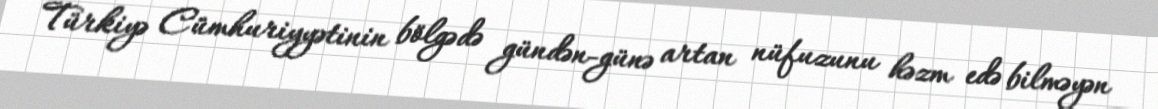
Türkiyə Cümhuriyyətinin bölgədə gündən-günə artan nüfuzunu həzm edə bilməyən